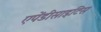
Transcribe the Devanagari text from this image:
एपेंडीसाइटिस